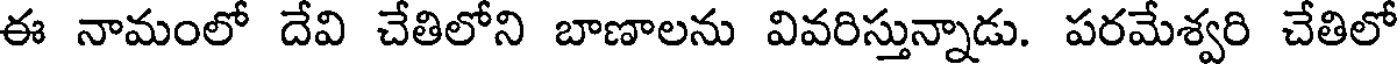
ఈ నామంలో దేవి చేతిలోని బాణాలను వివరిస్తున్నాడు. పరమేశ్వరి చేతిలో